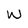
Character: w